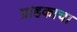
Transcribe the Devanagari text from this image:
ग्राहकाचा